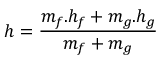
h = { \frac { m _ { f } . h _ { f } + m _ { g } . h _ { g } } { m _ { f } + m _ { g } } }